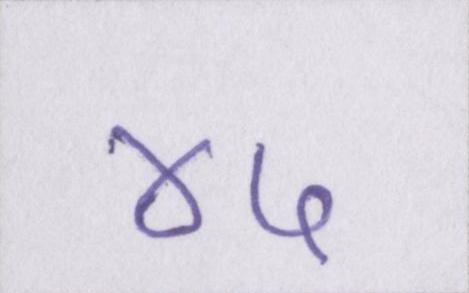
४५